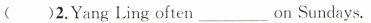
( )2.Yang Ling often___on Sundays.